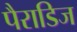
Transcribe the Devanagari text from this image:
पैराडिज